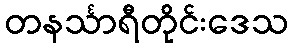
တနင်္သာရီတိုင်းဒေသ